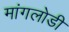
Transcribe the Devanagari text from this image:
मांगलोडी